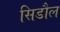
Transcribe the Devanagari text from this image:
सिडौल